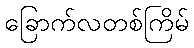
ခြောက်လတစ်ကြိမ်